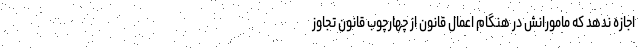
اجازه ندهد که مامورانش در هنگام اعمال قانون از چهارچوب قانون تجاوز